Civil Veterinary Dept. North-West Frontier Province 1901-22 - 1901-1922
Year: 1901
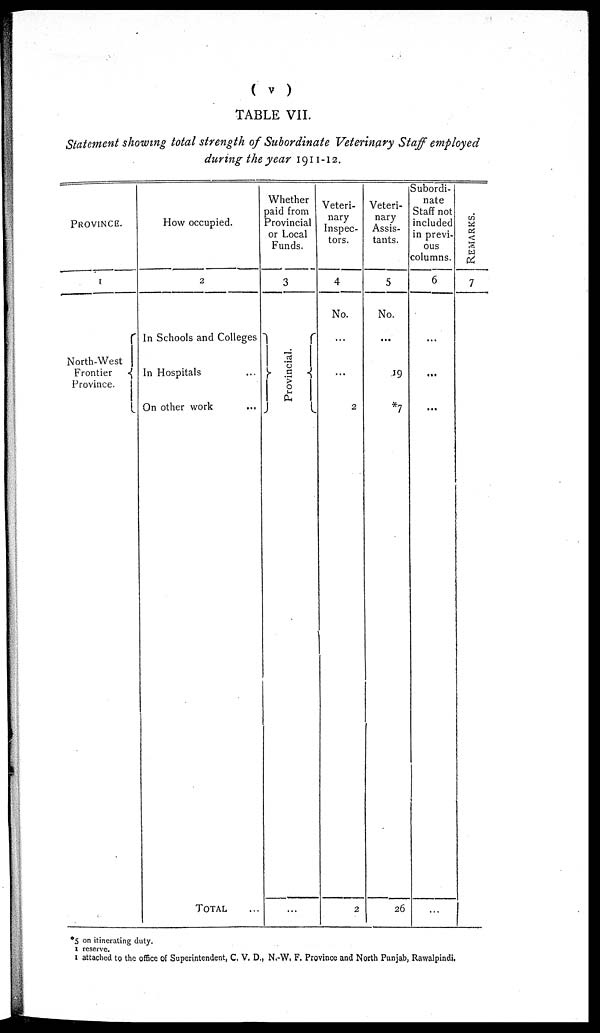
( v )
TABLE VII.
Statement showing total strength of Subordinate Veterinary Staff employed
during the year 1911-12.
PROVINCE.
1
North-West {
Frontier
Province.
How occupied.
2
In Schools and Colleges
In Hospitals ...
On other work ...
TOTAL ...
Whether
paid from
Provincial
or Local
Funds.
3
} Provincial. {
...
Veteri-
nary
Inspec-
tors.
4
No.
...
...
2
2
Veteri-
nary
Assis-
tants.
5
No.
...
19
*7
26
Subordi-
nate
Staff not
included
in previ-
ous
columns.
6
...
...
...
...
REMARKS.
7
*5 on itinerating duty.
1 reserve.
1 attached to the office of Superintendent, C. V. D., N.-W. F. Province and North Punjab, Rawalpindi.